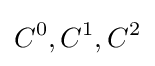
C^{0},C^{1},C^{2}